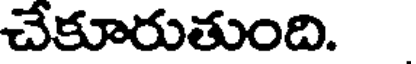
చేకూరుతుంది.